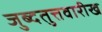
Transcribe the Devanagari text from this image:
जुब्दतुत्तवारीख